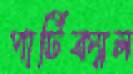
পার্টিক্যাল